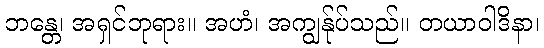
ဘန္တေ၊ အရှင်ဘုရား။ အဟံ၊ အကျွန်ုပ်သည်။ တယာဝါဒိနာ၊